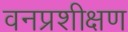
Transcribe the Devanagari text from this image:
वनप्रशीक्षण